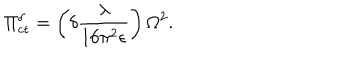
\Pi _ { \mathrm { c t } } ^ { \delta } = \left( \delta \frac { \lambda } { 1 6 \pi ^ { 2 } \epsilon } \right) \Omega ^ { 2 } .